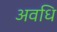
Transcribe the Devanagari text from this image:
अवधि